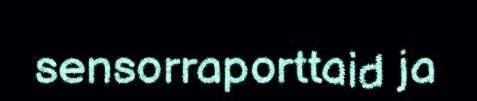
sensorraporttaid ja